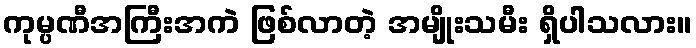
ကုမ္ပဏီအကြီးအကဲ ဖြစ်လာတဲ့ အမျိုးသမီး ရှိပါသလား။